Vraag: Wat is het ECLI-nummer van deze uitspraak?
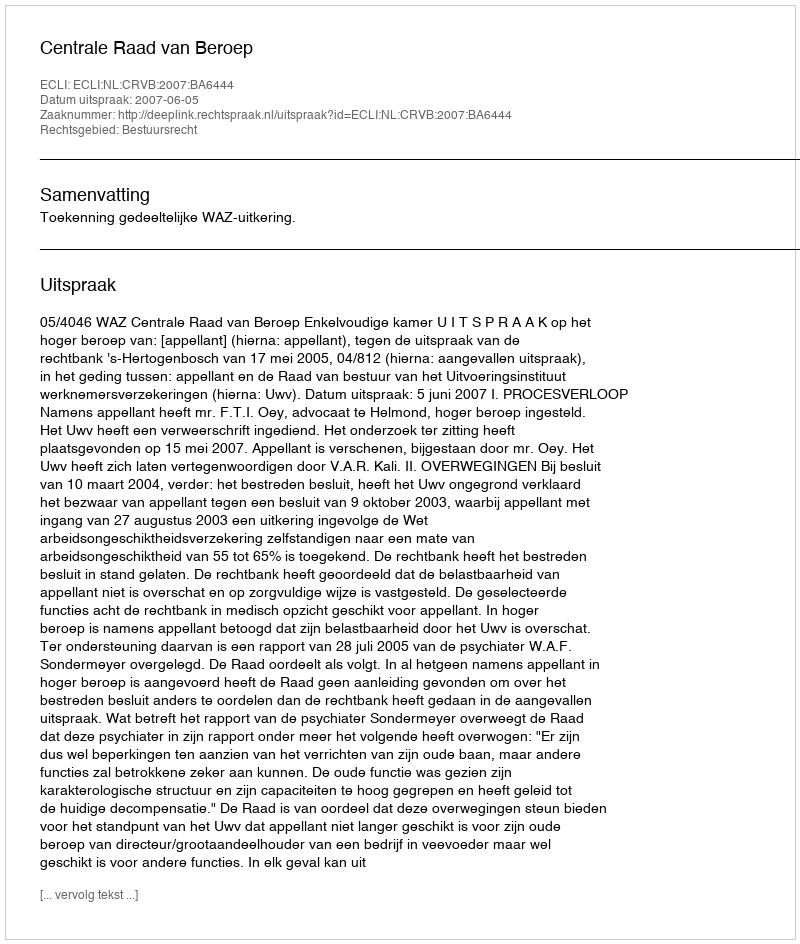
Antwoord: ECLI:NL:CRVB:2007:BA6444